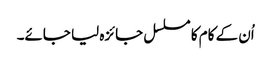
اُن کے کام کا مسلسل جائزہ لیا جائے۔